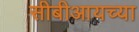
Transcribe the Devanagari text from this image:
सीबीआयच्या